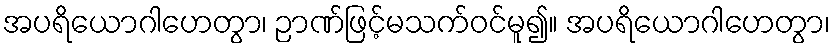
အပရိယောဂါဟေတွာ၊ ဉာဏ်ဖြင့်မသက်ဝင်မူ၍။ အပရိယောဂါဟေတွာ၊